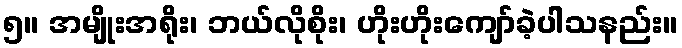
၅။ အမျိုးအရိုး၊ ဘယ်လိုစိုး၊ ဟိုးဟိုးကျော်ခဲ့ပါသနည်း။